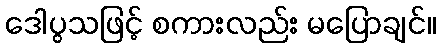
ဒေါပွသဖြင့် စကားလည်း မပြောချင်။